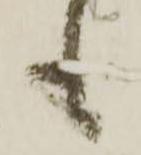
も